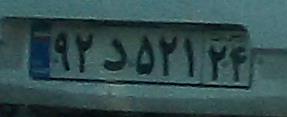
۹۲د۵۲۱۲۴